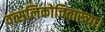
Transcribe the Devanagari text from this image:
वत्सलिकोचिताख्या।